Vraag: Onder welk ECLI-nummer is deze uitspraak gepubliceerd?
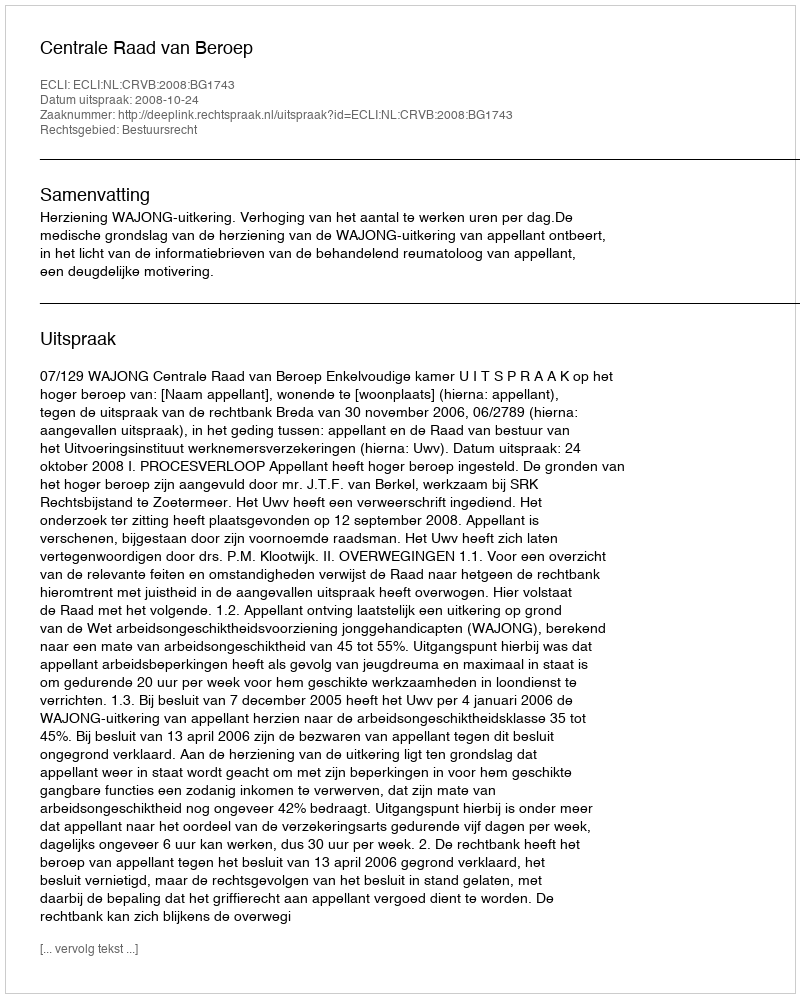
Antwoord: ECLI:NL:CRVB:2008:BG1743